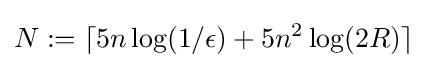
N:=\lceil 5n\log(1/\epsilon )+5n^{2}\log(2R)\rceil